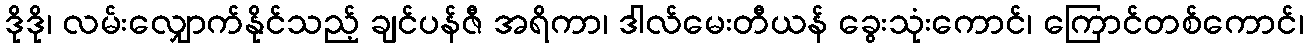
ဒိုဒို၊ လမ်းလျှောက်နိုင်သည့် ချင်ပန်ဇီ အရိကာ၊ ဒါလ်မေးတီယန် ခွေးသုံးကောင်၊ ကြောင်တစ်ကောင်၊